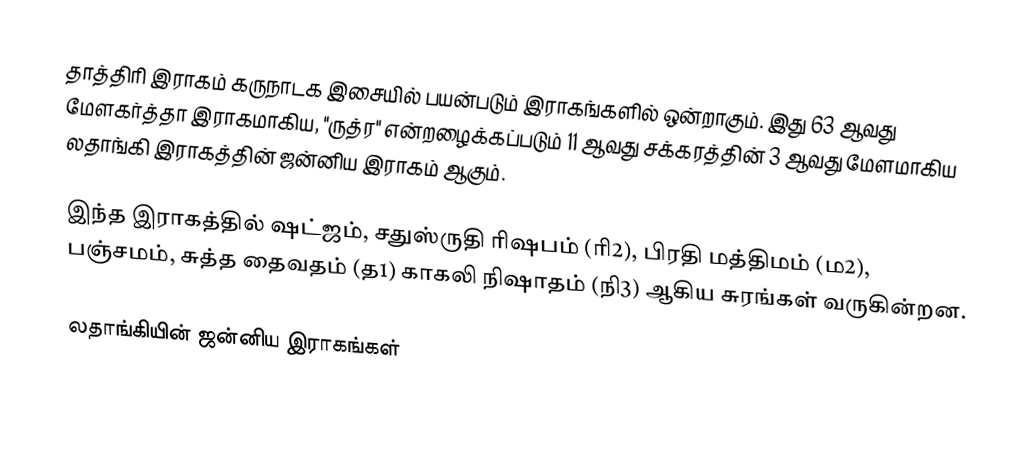
தாத்திரி இராகம் கருநாடக இசையில் பயன்படும் இராகங்களில் ஒன்றாகும். இது 63 ஆவது மேளகர்த்தா இராகமாகிய, "ருத்ர" என்றழைக்கப்படும் 11 ஆவது சக்கரத்தின் 3 ஆவது மேளமாகிய லதாங்கி இராகத்தின் ஜன்னிய இராகம் ஆகும்.

இந்த இராகத்தில் ஷட்ஜம், சதுஸ்ருதி ரிஷபம் (ரி2),  பிரதி மத்திமம் (ம2), பஞ்சமம்,  சுத்த தைவதம் (த1) காகலி நிஷாதம்  (நி3) ஆகிய சுரங்கள் வருகின்றன.

லதாங்கியின் ஜன்னிய இராகங்கள்